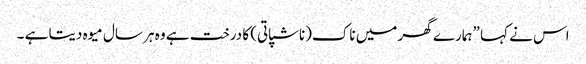
اس نے کہا ”ہمارے گھر میں ناک(ناشپاتی) کا درخت ہے وہ ہر سال میوہ دیتا ہے ۔